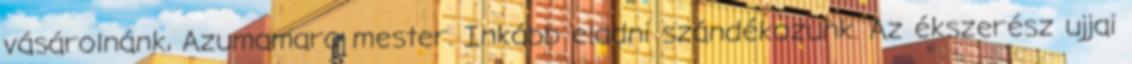
vásárolnánk, Azumamaro mester. Inkább eladni szándékozunk. Az ékszerész ujjai